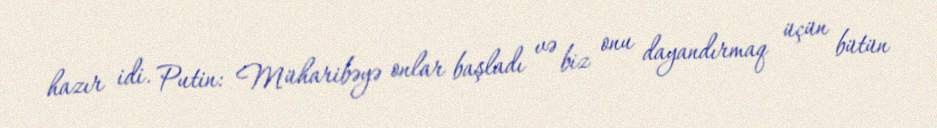
hazır idi. Putin: Müharibəyə onlar başladı və biz onu dayandırmaq üçün bütün